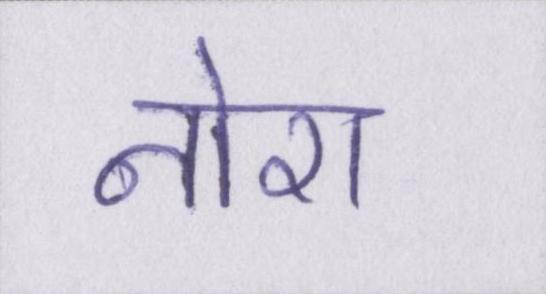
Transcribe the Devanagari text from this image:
नोरा